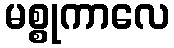
မစ္စုကာလေ